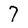
Character: 7